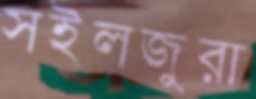
সইলজুরা